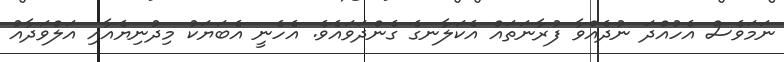
ނަމަވެސް އެހުއްދަ ނުދެއްވާ ފުރާނަތައް އެކަލާނގެ ގެންދަވައެވެ. އެހެނީ އެބަޔަކު މިދުނިޔެއާއި އަލްވަދާއު